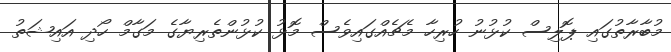
މުބާރާތުގައި ޕޮލިސް ކުޅުނު ހުރިހާ މެޗެއްގައިވެސް މޮޅު ކުޅުންތެރިޔާގެ މަގާމް ހޯދި އައިޝަތު